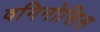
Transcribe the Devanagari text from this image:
वगिनोसिस